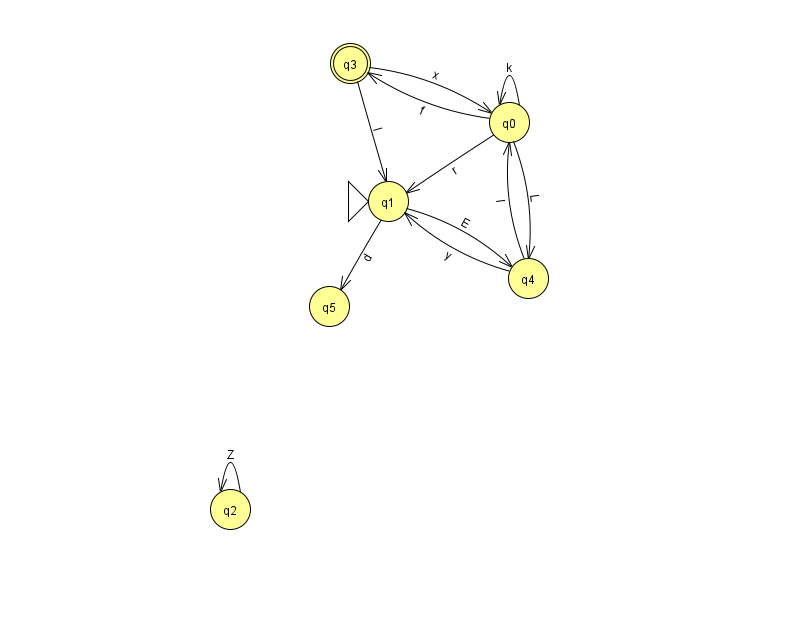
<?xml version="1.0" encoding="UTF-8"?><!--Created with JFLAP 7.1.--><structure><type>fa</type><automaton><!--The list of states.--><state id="0" name="q0"><x>509.0</x><y>109.0</y></state><state id="1" name="q1"><x>388.0</x><y>188.0</y><initial/></state><state id="2" name="q2"><x>230.0</x><y>496.0</y></state><state id="3" name="q3"><x>350.0</x><y>50.0</y><final/></state><state id="4" name="q4"><x>528.0</x><y>265.0</y></state><state id="5" name="q5"><x>329.0</x><y>293.0</y></state><!--The list of transitions.--><transition><from>1</from><to>5</to><read>d</read></transition><transition><from>4</from><to>1</to><read>y</read></transition><transition><from>3</from><to>0</to><read>x</read></transition><transition><from>0</from><to>4</to><read>L</read></transition><transition><from>4</from><to>0</to><read>l</read></transition><transition><from>3</from><to>1</to><read>I</read></transition><transition><from>0</from><to>3</to><read>f</read></transition><transition><from>2</from><to>2</to><read>Z</read></transition><transition><from>0</from><to>0</to><read>k</read></transition><transition><from>1</from><to>4</to><read>E</read></transition><transition><from>0</from><to>1</to><read>r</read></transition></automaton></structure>